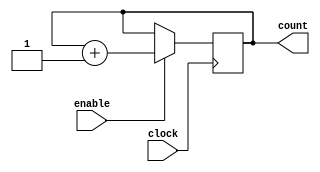
`timescale 1ns / 100ps //unit time is 1ns, resolution 100ps

//Design name: count_8
//function : an 8-bit synchronous counter with enable input

module counter_8 (
  clock,
  enable,
  count
 );
 
 //declare ports
 
   parameter BIT_SZ = 8;
	input clock;
	input enable;
	output [BIT_SZ-1:0] count;
	
 //count needs to declared as reg
 
   reg [BIT_SZ-1:0] count;
	
 //alaways initialise storage elements such as D-FF
 
  initial count = 0;
  
 //main body of the module
 
  always @ (posedge clock)
  if (enable == 1'b1)
      count <= count + 1'b1 ;
		
endmodule //end of module